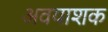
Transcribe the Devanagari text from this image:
अवयाशक